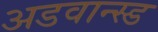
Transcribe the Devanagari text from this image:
अडवान्स्ड